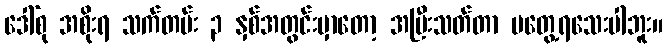
ဒေါ်စု အစိုးရ သက်တမ်း ၃ နှစ်အတွင်းမှာတော့ အပြီးသတ်တာ မတွေ့ရသေးပါဘူး။